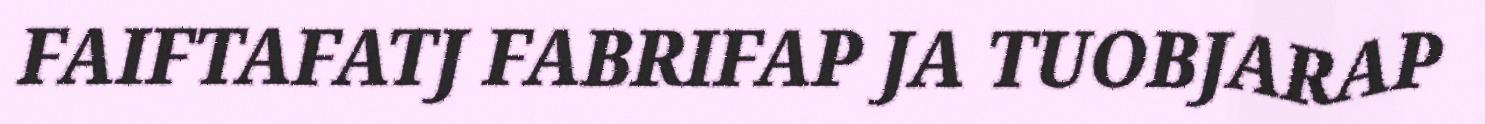
FAIFTAFATJ FABRIFAP JA TUOBJARAP